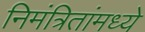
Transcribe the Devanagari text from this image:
निमंत्रितांमध्ये